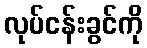
လုပ်ငန်းခွင်ကို